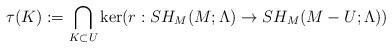
LaTeX: \begin{align*}\tau(K):= \bigcap_{K\subset U} \ker(r: SH_{M}(M; \Lambda)\rightarrow SH_{M}(M-U; \Lambda))\end{align*}